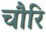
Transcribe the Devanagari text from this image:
चौरि